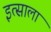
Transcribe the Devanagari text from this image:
इत्साला